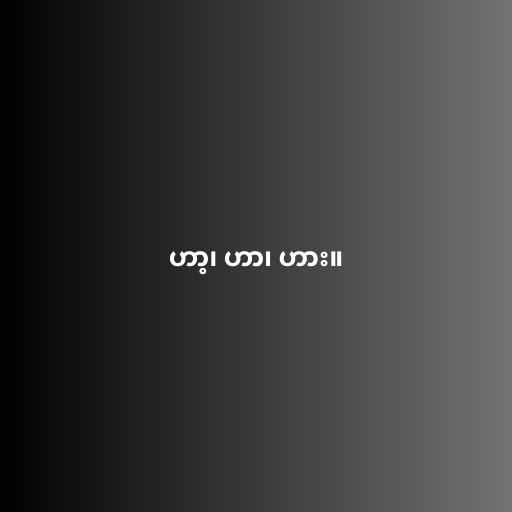
ဟာ့၊ ဟာ၊ ဟား။